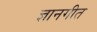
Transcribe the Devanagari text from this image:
ज्ञानगीत